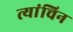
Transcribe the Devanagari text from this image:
त्यांचिन